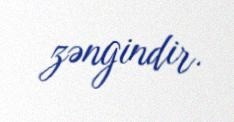
zəngindir.